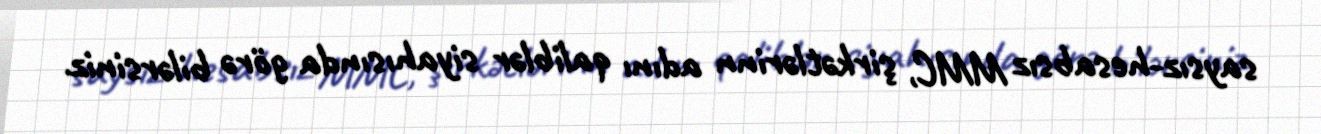
saysız-hesabsız MMC, şirkətlərinn adını qaliblər siyahısında görə bilərsiniz.